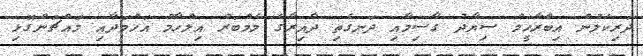
ދަރިކަލުން އިބްރާހީމް ސިޔާދު ގާސިމާއި ދަނގެތި ދާއިރާގެ މެމްބަރު އިލްހާމް އަހުމަދާއި މައްޗަންގޮޅި